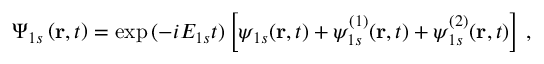
\Psi _ { 1 s } \left( \mathbf { r } , t \right) = \exp { ( - i { E } _ { 1 s } t ) } \left[ \psi _ { 1 s } ( \mathbf { r } , t ) + \psi _ { 1 s } ^ { ( 1 ) } ( \mathbf { r } , t ) + \psi _ { 1 s } ^ { ( 2 ) } ( \mathbf { r } , t ) \right] \, ,